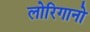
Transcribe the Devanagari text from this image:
लोरिगानो